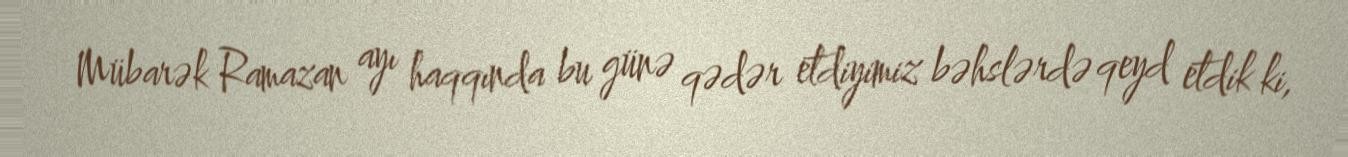
Mübarək Ramazan ayı haqqında bu günə qədər etdiyimiz bəhslərdə qeyd etdik ki,